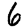
Digit: 6